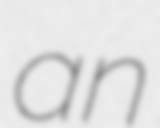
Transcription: an